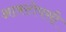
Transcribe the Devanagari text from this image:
आक्टोपसी